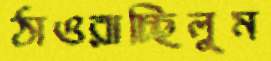
ঠাওরাচ্ছিলুম